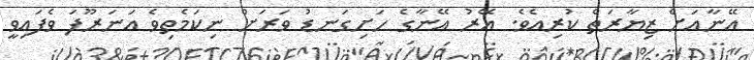
އޭނާއަށް ޒިޔާރަތް ކުރިއެވެ. އޭރު އޭނާގެ ހަށިގަނޑު ވަރަށް ނިކަމެތިވެ އަނަރޫފަ ވެފައިވީ